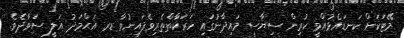
މޭޓަކަށް ކަނޑައެޅުއްވީ ކުރިން ސިޔާސީ މައިދާނުގައި ހަރަކާްތްތެރިވެފައިނުވާ ޑރ އަޙްމަދު އަލީ ސަވާދެވެ.